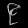
Digit: ၉